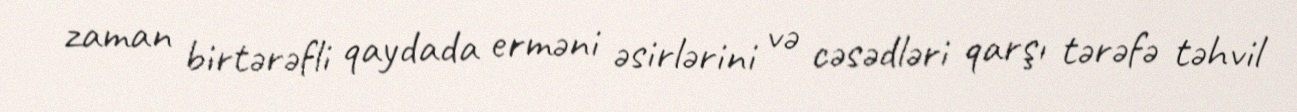
zaman birtərəfli qaydada erməni əsirlərini və cəsədləri qarşı tərəfə təhvil